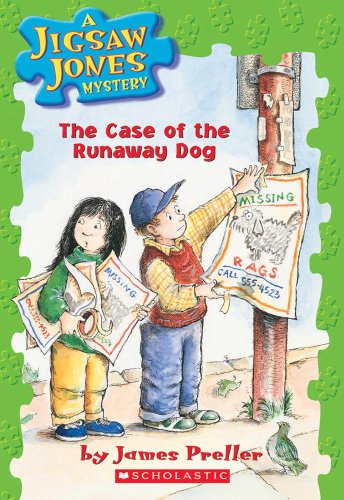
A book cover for The Case of the Runaway Dog (Jigsaw Jones Mystery #7); James Preller; Children's Books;